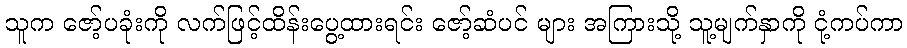
သူက ဇော့်ပခုံးကို လက်ဖြင့်ထိန်းပွေ့ထားရင်း ဇော့်ဆံပင် များ အကြားသို့ သူ့မျက်နှာကို ငုံ့ကပ်ကာ